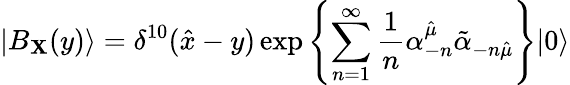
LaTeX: |B_{\mathbf{X}}(y)\rangle=\delta^{10}({\hat{{x}}}-y)\exp\left\{ {\sum_{n=1}^{\infty}{\frac{{1}}{{n}}}\alpha_{-n}^{\hat{{\mu}}}{\tilde{{\alpha}}}_{-n{\hat{{\mu}}}}}\right\} |0\rangle